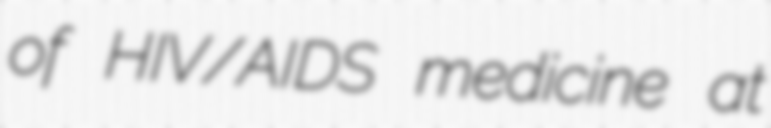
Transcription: of HIV/AIDS medicine at